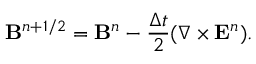
{ \bf B } ^ { n + 1 / 2 } = { \bf B } ^ { n } - \frac { \Delta t } { 2 } ( \nabla \times { \bf E } ^ { n } ) .